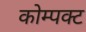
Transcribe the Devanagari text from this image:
कोम्पक्ट